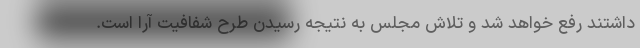
داشتند رفع خواهد شد و تلاش مجلس به نتیجه رسیدن طرح شفافیت آرا است.